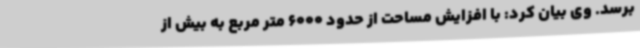
برسد. وی بیان کرد: با افزایش مساحت از حدود 6000 متر مربع به بیش از